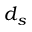
d _ { s }